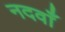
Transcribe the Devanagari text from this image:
नदवाँ